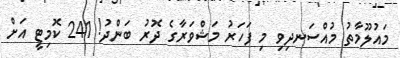
މައުލޫމާތު މުއްސަނދިވި މި ފަހަރު މަޝްވަރާގެ ދޮރު ބަންދު! 241 ކޮމިޓީ އަށް